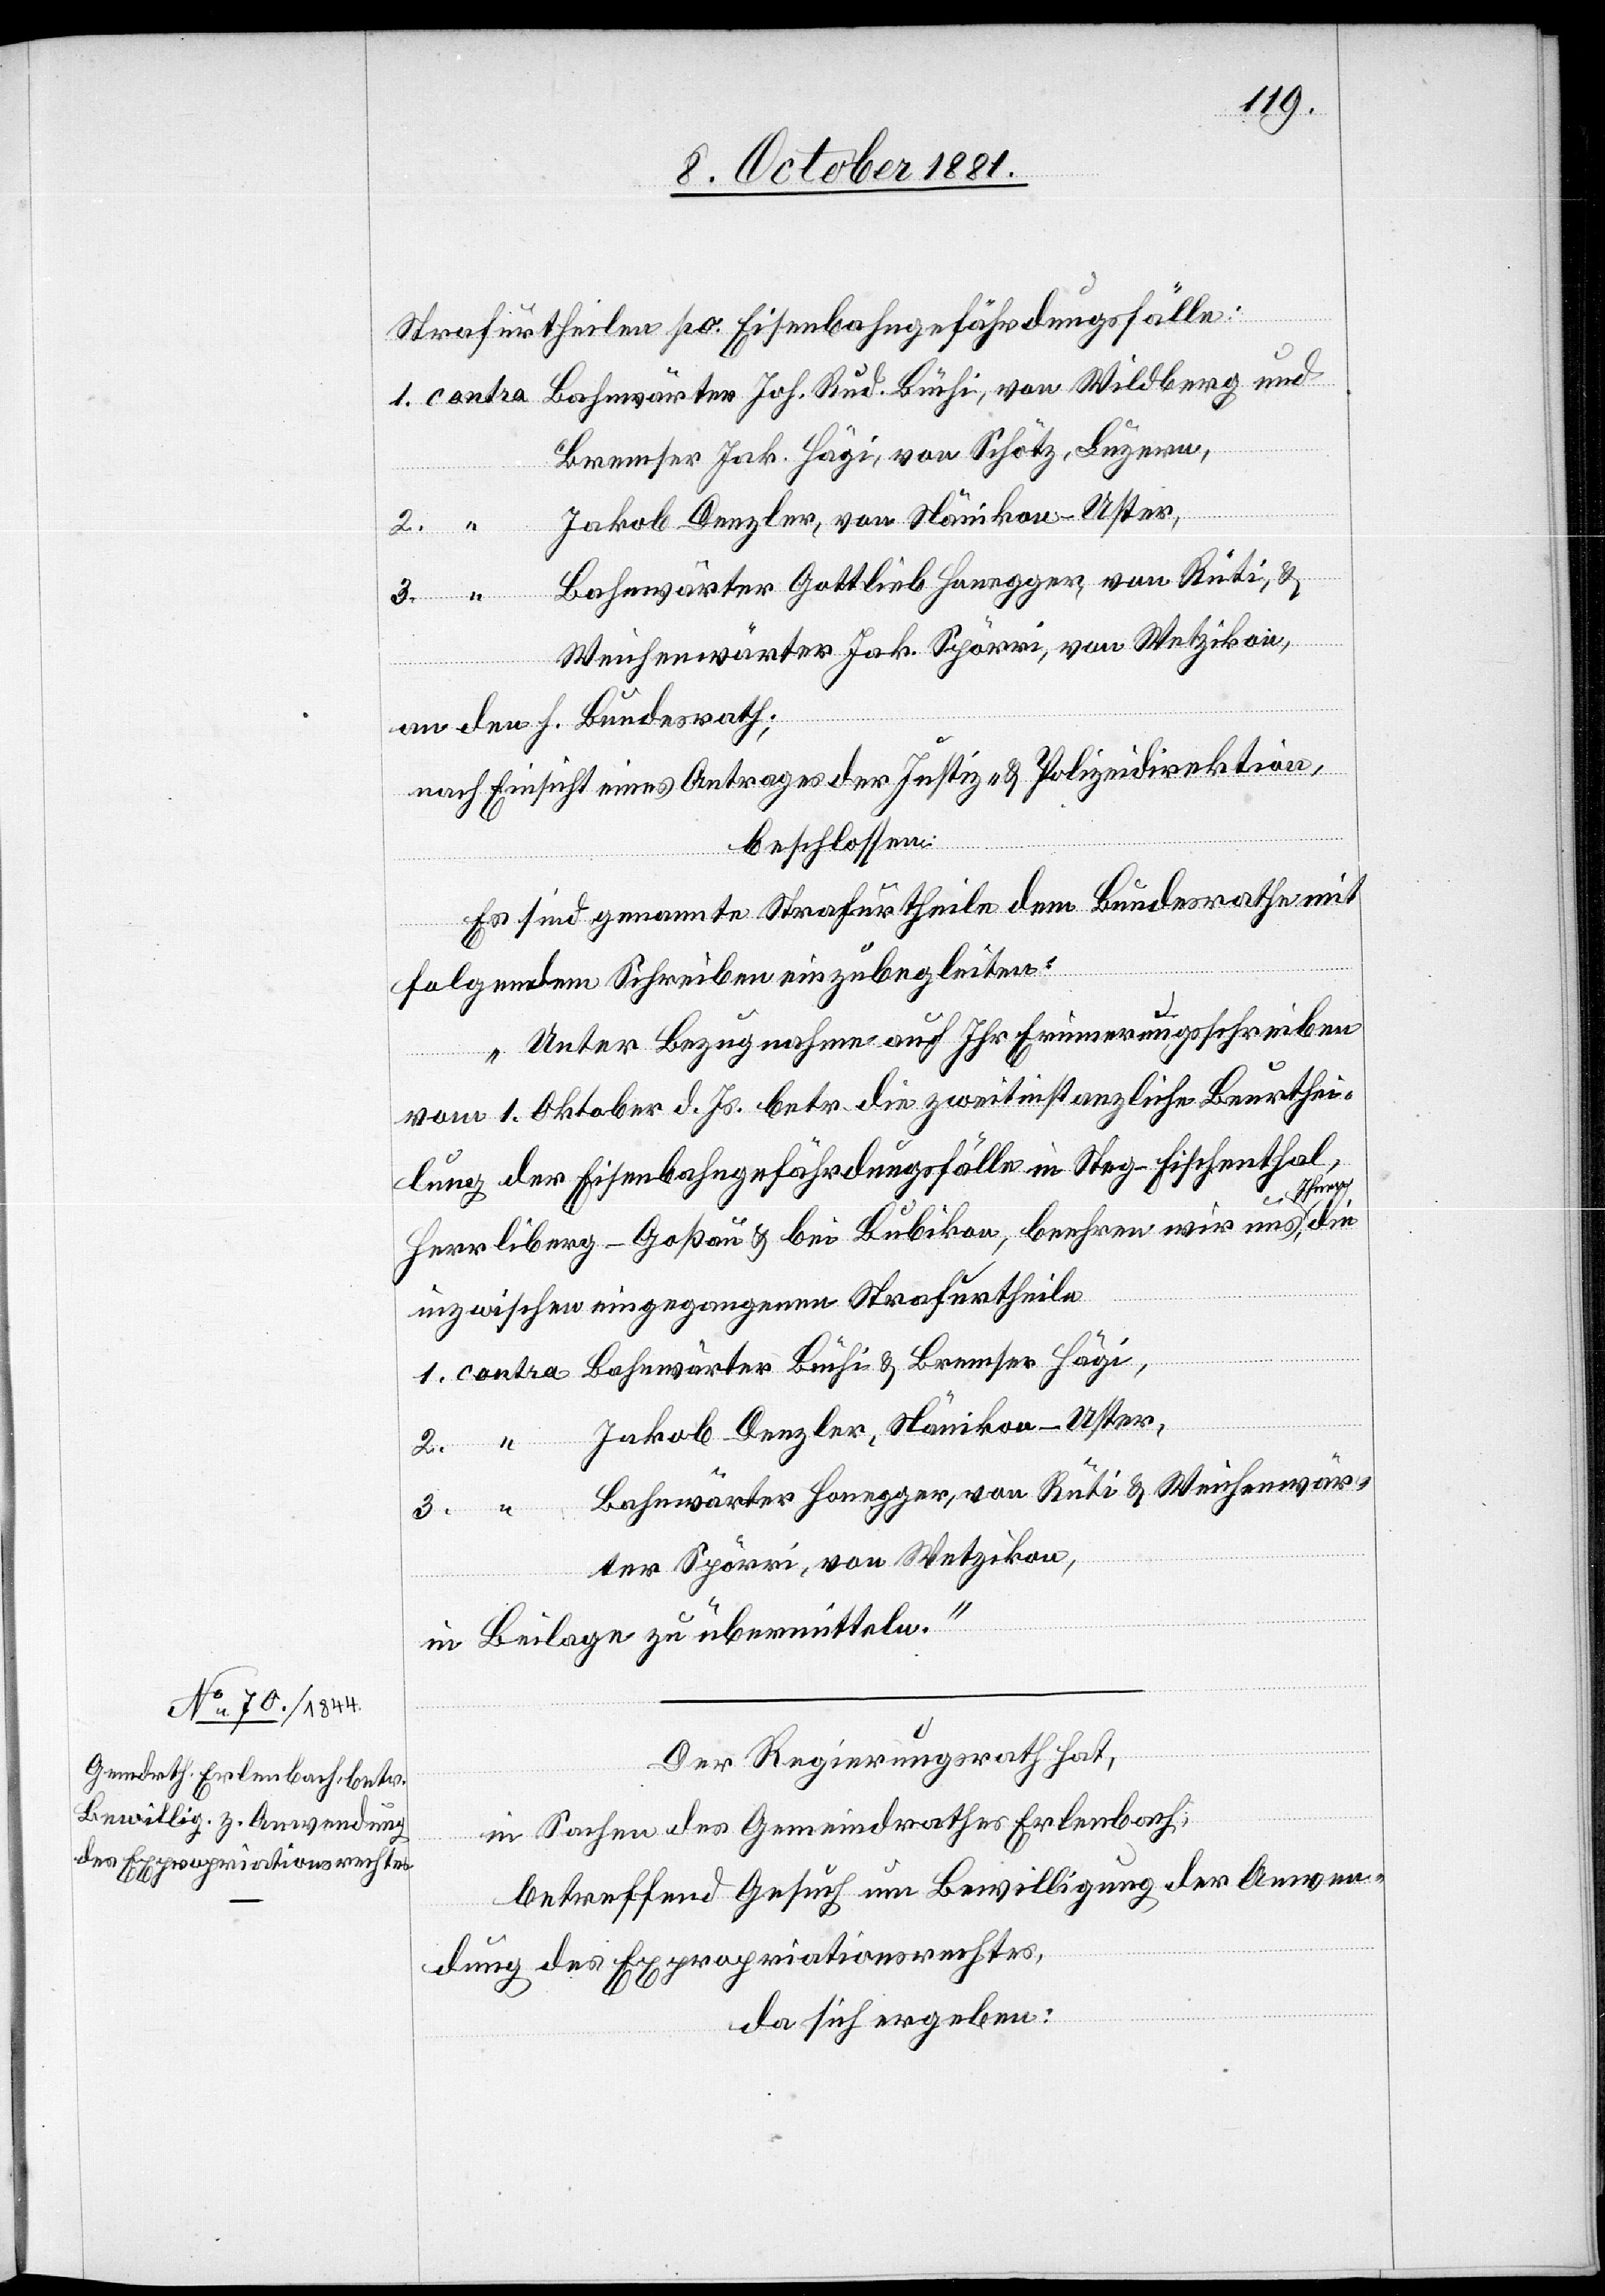
Strafurtheilen po. Eisenbahngefährdungsfälle:
1. contra Bahnwärter Joh. Rud. Büchi, von Wildberg und
die
Bremser Jak. Hägi, von Schötz, Luzern,
2. “ Jakob Denzler, von Nänikon - Uster,
3. “ Bahnwärter Gottlieb Honegger, von Rüti, &
Weichenwärter Jak. Spörri, von Wetzikon,
an den h. Bundesrath;
nach Einsicht eines Antrages der Justiz- & Polizeidirektion,
beschlossen:
Es sind genannte Strafurtheile dem Bundesrathe mit
folgendem Schreiben einzubegleiten:
„Unter Bezugnahme auf Ihr Erinnerungsschreiben
vom 1. Oktober d. Js. betr. die zweitinstanzliche Beurthei¬
lung der Eisenbahngefährdungsfälle in Steg - Fischenthal,
Herrliberg - Goßau & bei Bubikon, beehren wir uns, Ihnen
inzwischen eingegangenen Strafurtheile
1. contra Bahnwärter Büchi & Bremser Hägi,
2. “ Jakob Denzler, Nänikon - Uster,
3. “ Bahnwärter Honegger, von Rüti & Weichenwär¬
ter Spörri, von Wetzikon,
in Beilage zu übermitteln.“
Der Regierungsrath hat,
in Sachen des Gemeindrathes Erlenbach,
betreffend Gesuch um Bewilligung der Anwen¬
dung des Expropriationsrechtes,
da sich ergeben: